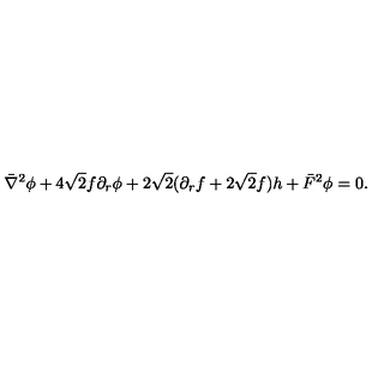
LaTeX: \bar { \nabla } ^ { 2 } \phi + 4 \sqrt 2 f \partial _ { r } \phi + 2 \sqrt 2 ( \partial _ { r } f + 2 \sqrt 2 f ) h + \bar { F } ^ { 2 } \phi = 0 .